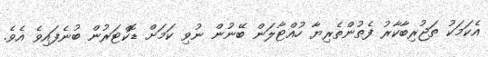
އެކަމަކު ތަޖުރިބާކާރު ފެތުންތެރިޔާ ހުއްޓާލަން ބޭނުން ނުވި ކަމަށް ޑޮކްޓަރުން ބުނެފައިވެ އެވެ.